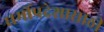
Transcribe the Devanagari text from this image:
धर्मोपदेशासाठी